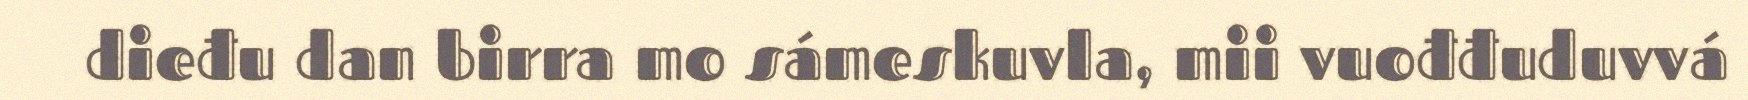
dieđu dan birra mo sámeskuvla, mii vuođđuduvvá